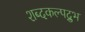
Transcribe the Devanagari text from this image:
शब्दकल्पद्रुभ